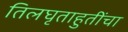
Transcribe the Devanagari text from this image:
तिलघृताहुतींचा